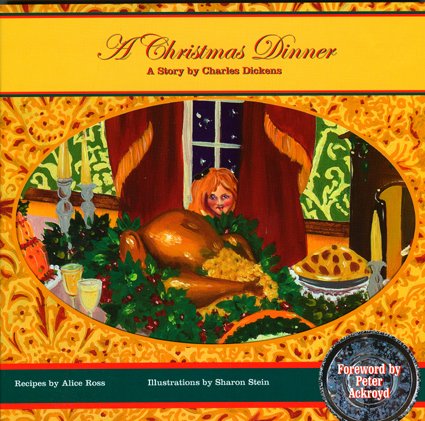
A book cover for A Christmas Dinner; Charles Dickens; Cookbooks, Food & Wine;